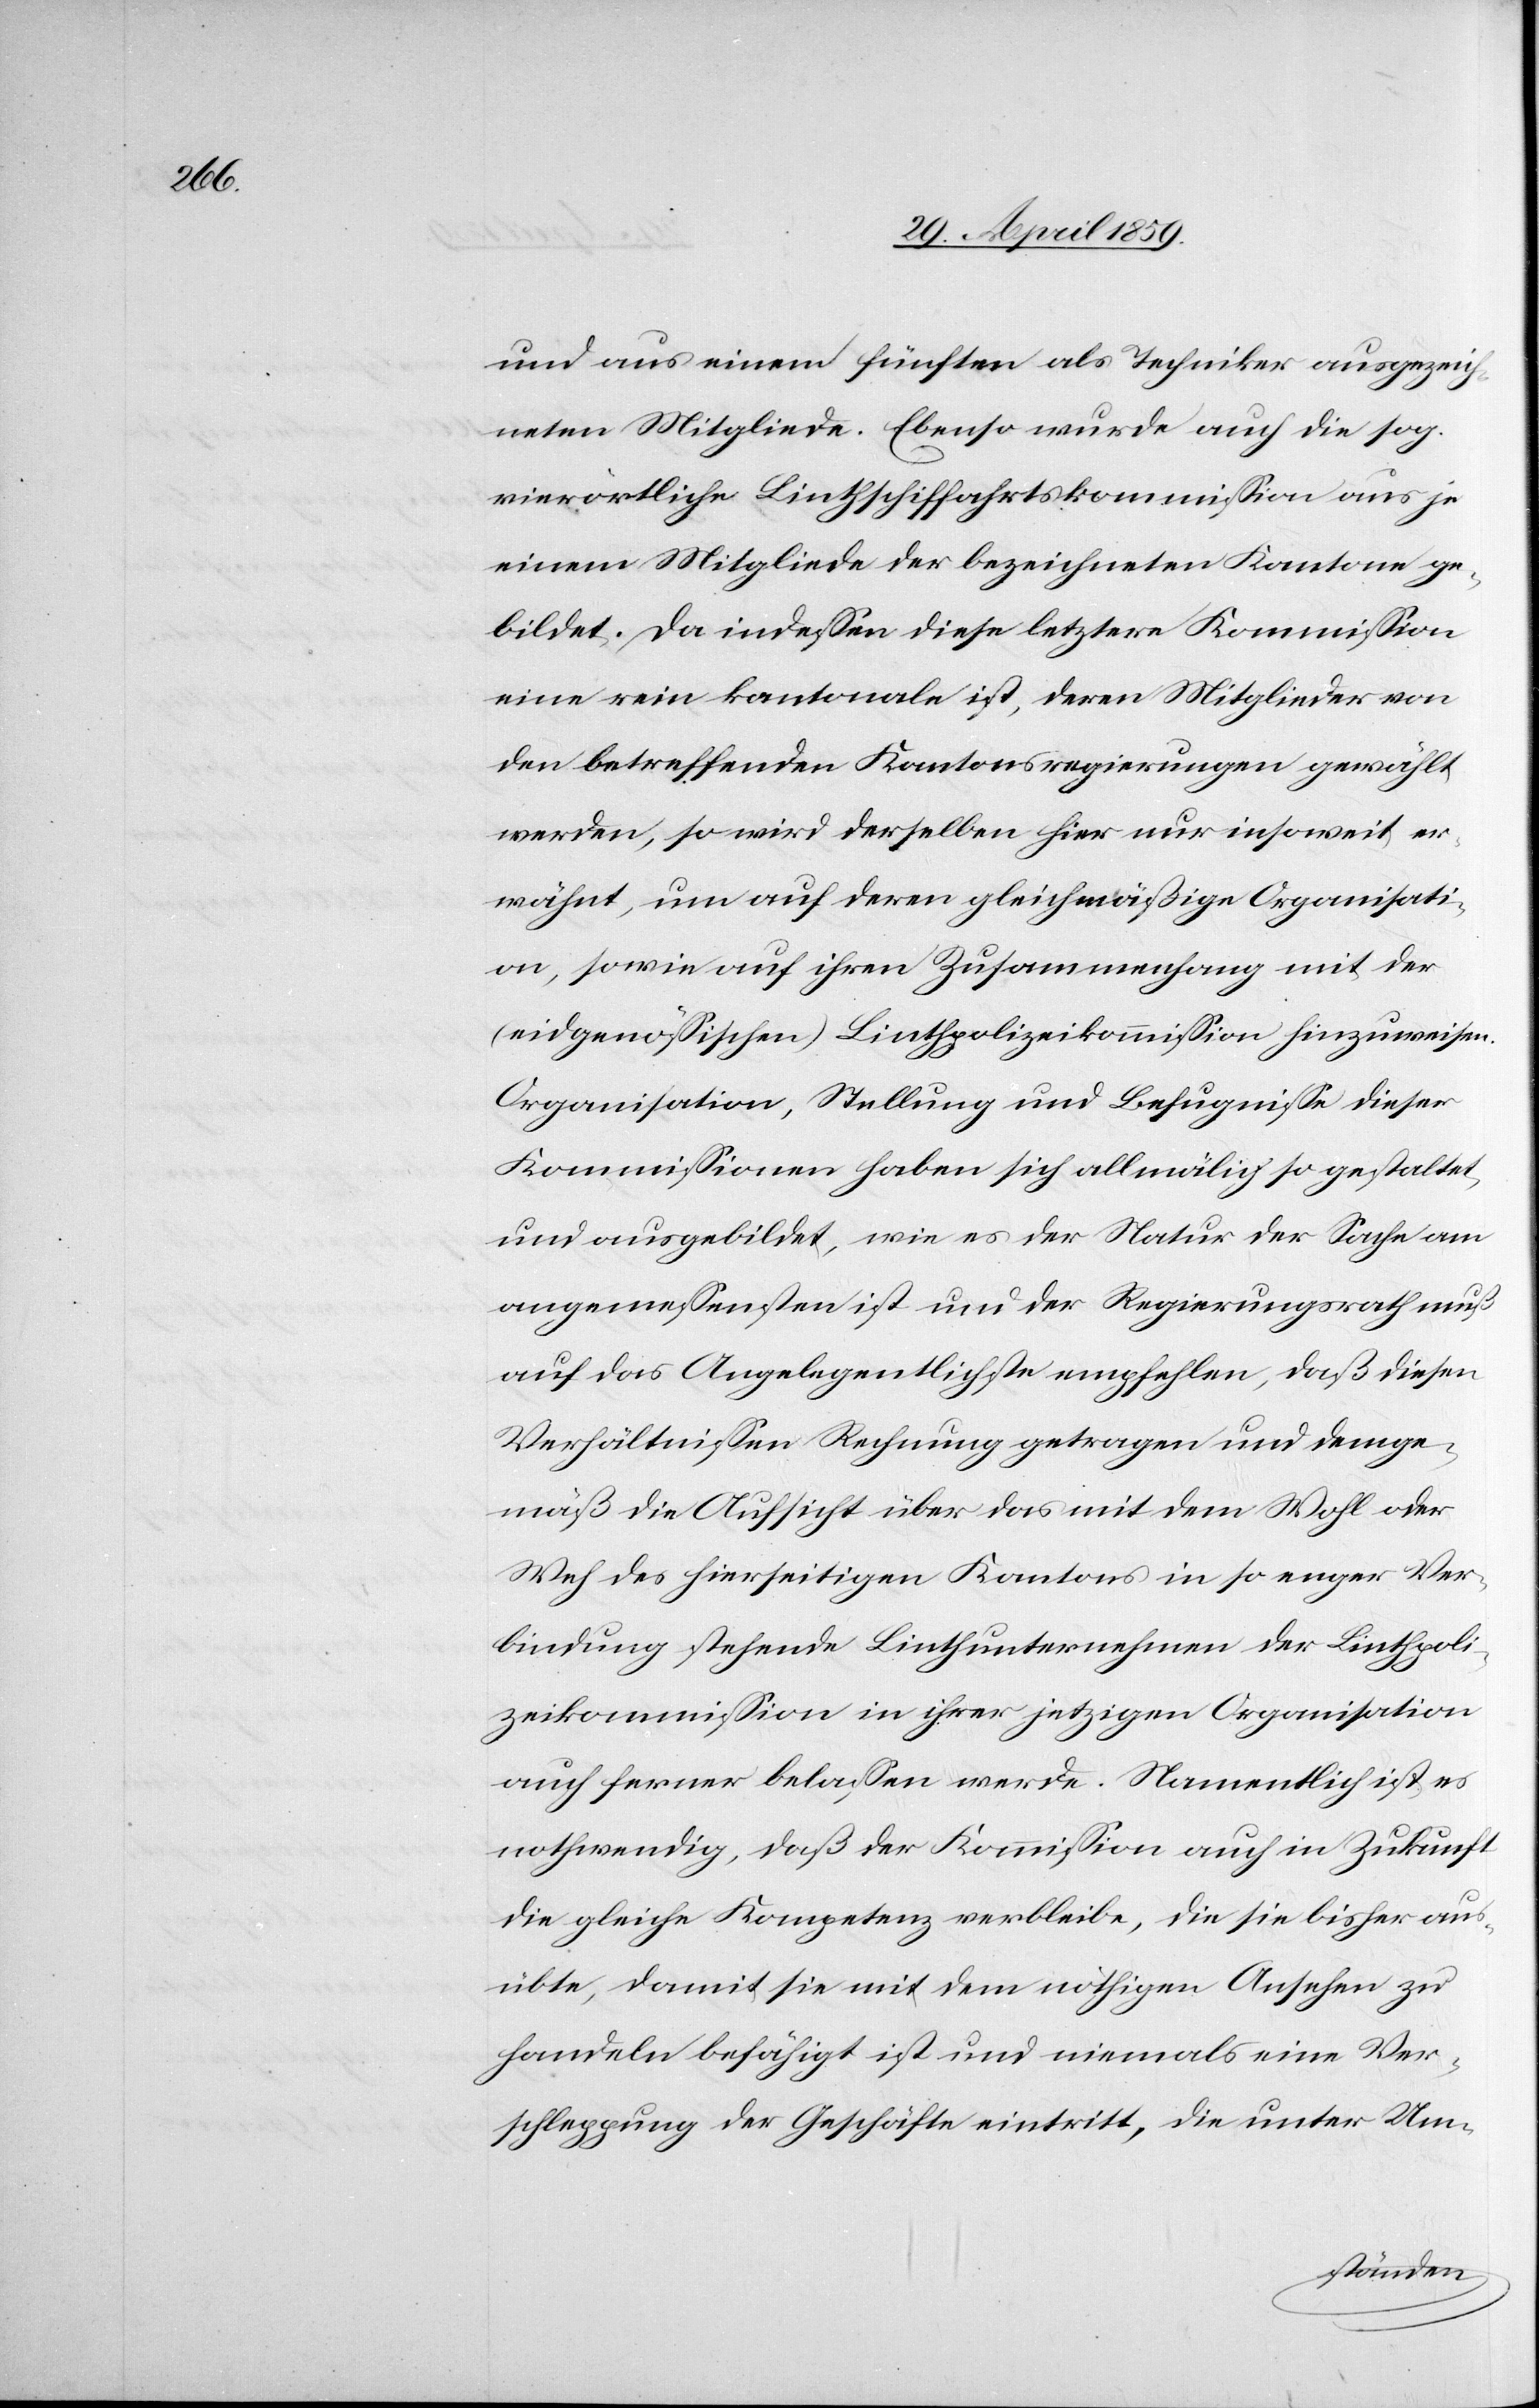
und aus einem fünften als Techniker ausgezeich¬
neten Mitgliede. Ebenso wurde auch die sog.
vierörtliche Linthschiffahrtskommißon aus je
einem Mitgliede der bezeichneten Kantone ge¬
bildet. Da indeßen diese letztere Kommißion
eine rein kantonale ist, deren Mitglieder von
den betreffenden Kantonsregierungen gewählt
werden, so wird derselben hier nur insoweit er¬
wähnt, um auf deren gleichmäßige Organisati¬
on, sowie auf ihren Zusammenhang mit der
(eidgenößischen) Linthpolizeikommißion hinzuweisen.
Organisation, Stallung und Befugniße dieser
Kommißionen haben sich allmälig so gestaltet,
und ausgebildet, wie es der Natur der Sache am
angemeßensten ist und der Regierungsrath muß
auf das Angelegentlichste empfehlen, daß diesen
Verhältnißen Rechnung getragen und demge¬
mäß die Aufsicht über das mit dem Wohl oder
Weh des hierseitigen Kantons in so enger Ver¬
bindung stehende Linthunternehmen der Linthpoli¬
zeikommißion in ihrer jetzigen Organisation
auch ferner belaßen werde. Namentlich ist es
nothwendig, daß der Kommißion auch in Zukunft
die gleiche Kompetenz verbleibe, die sie bisher aus¬
übte, damit sie mit dem nöthigen Ansehen zu
handeln befähigt ist und niemals eine Ver¬
schleppung der Geschäfte eintritt, die unter Um-